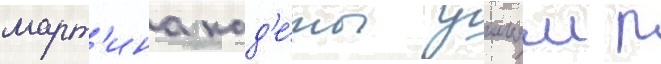
март'ина кад'е́ты уильям р